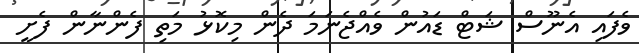
ވެފައި އެނޫސް ޝަޓް ޑައުން ވެއްޖެނަމަ ދެން މިކޮޅު މަތި ފެންނާން ފެށީ